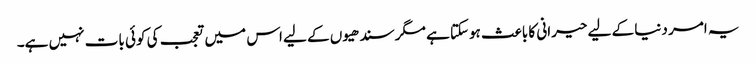
یہ امر دنیا کے لیے حیرانی کا باعث ہوسکتا ہے مگر سندھیوں کے لیے اس میں تعجب کی کوئی بات نہیں ہے۔